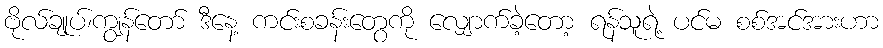
ဗိုလ်ချုပ်၊ကျွန်တော် ဒီနေ့ ကင်းစခန်းတွေကို လျှောက်ခဲ့တော့ ရန်သူရဲ့ ပင်မ စစ်အင်အားဟာ